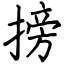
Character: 搒